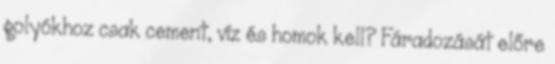
golyókhoz csak cement, víz és homok kell? Fáradozását előre